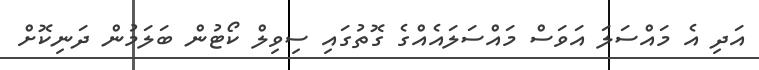
އަދި އެ މައްސަލަ އަވަސް މައްސަލައެއްގެ ގޮތުގައި ސިވިލް ކޯޓުން ބަލަމުން ދަނިކޮށް